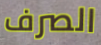
الصرف